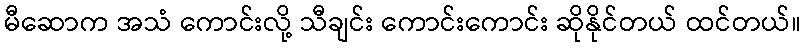
မီဆောက အသံ ကောင်းလို့ သီချင်း ကောင်းကောင်း ဆိုနိုင်တယ် ထင်တယ်။